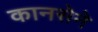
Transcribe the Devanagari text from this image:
कानसेने